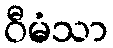
ဝီမံသာ